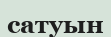
сатуын